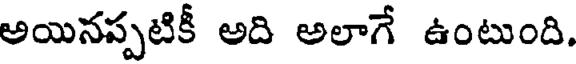
అయినప్పటికీ అది అలాగే ఉంటుంది.